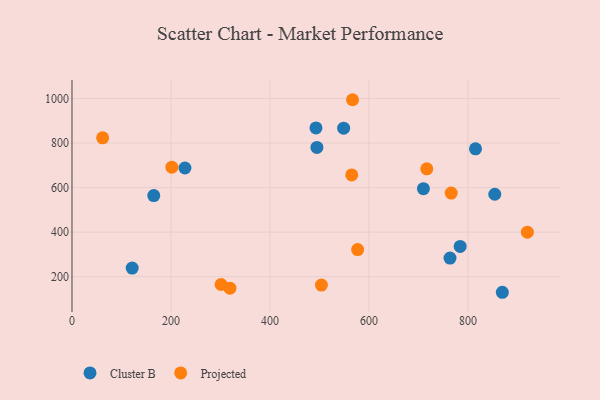
{"axis": {"x": "Ad Spend", "y": "Exam Score"}, "legend": ["Cluster B", "Projected"], "data": [{"x": "165.2", "y": 564.2, "type": "Cluster B"}, {"x": "815.2", "y": 774.1, "type": "Cluster B"}, {"x": "548.8", "y": 866.7, "type": "Cluster B"}, {"x": "492.9", "y": 867.8, "type": "Cluster B"}, {"x": "854.2", "y": 570.0, "type": "Cluster B"}, {"x": "710.0", "y": 595.1, "type": "Cluster B"}, {"x": "763.7", "y": 283.6, "type": "Cluster B"}, {"x": "784.2", "y": 335.6, "type": "Cluster B"}, {"x": "121.6", "y": 238.7, "type": "Cluster B"}, {"x": "228.2", "y": 687.9, "type": "Cluster B"}, {"x": "869.4", "y": 129.8, "type": "Cluster B"}, {"x": "494.8", "y": 780.2, "type": "Cluster B"}, {"x": "565.2", "y": 656.7, "type": "Projected"}, {"x": "301.2", "y": 164.8, "type": "Projected"}, {"x": "716.8", "y": 684.3, "type": "Projected"}, {"x": "766.1", "y": 575.2, "type": "Projected"}, {"x": "503.9", "y": 162.2, "type": "Projected"}, {"x": "61.9", "y": 823.6, "type": "Projected"}, {"x": "566.8", "y": 994.5, "type": "Projected"}, {"x": "577.1", "y": 321.7, "type": "Projected"}, {"x": "319.1", "y": 148.0, "type": "Projected"}, {"x": "920.0", "y": 399.9, "type": "Projected"}, {"x": "201.8", "y": 691.5, "type": "Projected"}]}